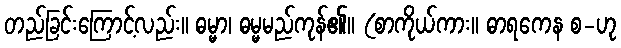
တည်ခြင်းကြောင့်လည်း။ ဓမ္မာ၊ ဓမ္မမည်ကုန်၏။ (စာကိုယ်ကား။ ဓာရကေန စ-ဟု